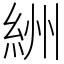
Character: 絒